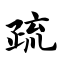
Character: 疏